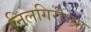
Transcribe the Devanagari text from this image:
निलगिरीच्‍या